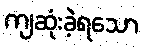
ကျဆုံးခဲ့ရသော